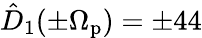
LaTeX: \hat{D}_{1}(\pm\Omega_{\mathrm{p}})=\pm 44